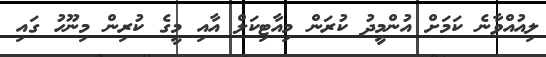
ލިއުއްވާނެ ކަމަށް އުންމީދު ކުރަން މިއާޓިކަލް އާއި މީގެ ކުރިން މިނޫހު ގައި